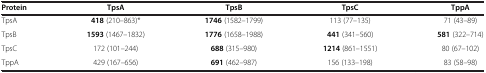
<table><thead><tr><td><b>Protein</b></td><td><b>TpsA</b></td><td><b>TpsB</b></td><td><b>TpsC</b></td><td><b>TppA</b></td></tr></thead><tbody><tr><td>TpsA</td><td><b>418</b> (210–863)*</td><td><b>1746</b> (1582–1799)</td><td>113 (77–135)</td><td>71 (43–89)</td></tr><tr><td>TpsB</td><td><b>1593</b> (1467–1832)</td><td><b>1776</b> (1658–1988)</td><td><b>441</b> (341–560)</td><td><b>581</b> (322–714)</td></tr><tr><td>TpsC</td><td>172 (101–244)</td><td><b>688</b> (315–980)</td><td><b>1214</b> (861–1551)</td><td>80 (67–102)</td></tr><tr><td>TppA</td><td>429 (167–656)</td><td><b>691</b> (462–987)</td><td>156 (133–198)</td><td>83 (58–98)</td></tr></tbody></table>